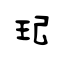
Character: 玘